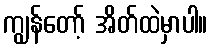
ကျွန်တော့် အိတ်ထဲမှာပါ။